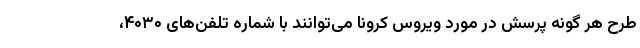
طرح هر گونه پرسش در مورد ویروس کرونا می‌توانند با شماره تلفن‌های ۴۰۳۰،